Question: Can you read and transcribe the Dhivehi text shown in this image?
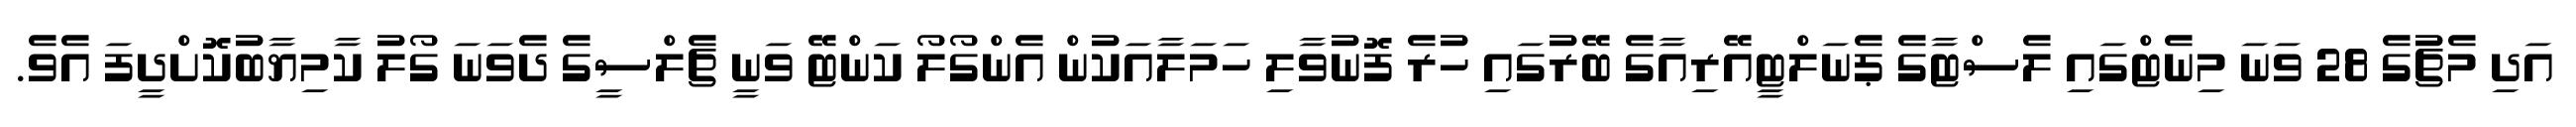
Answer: އަދި މެޗުގެ 28 ވަނަ މިނެޓްގައި ލެސްޓާގެ ޕެނަލްޓީއޭރިއާގެ ބޭރުގައި ހުރެ ފޮނުވާލި ހަމަލާއަކުން އެންގޯލޯ ކަންޓޭ ވަނީ ޗެލްސީގެ ދެވަނަ ގޯލު ކާމިޔާބުކޮށްދީފަ އެވެ.